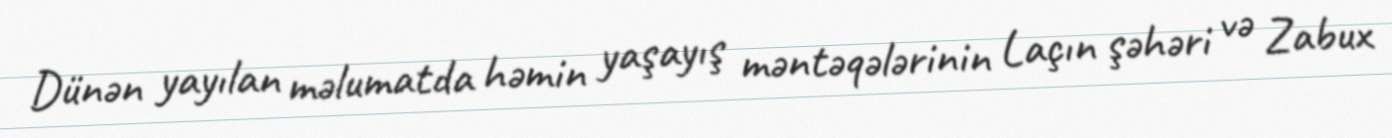
Dünən yayılan məlumatda həmin yaşayış məntəqələrinin Laçın şəhəri və Zabux